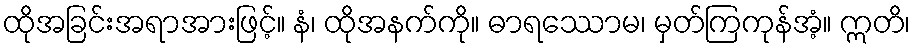
ထိုအခြင်းအရာအားဖြင့်။ နံ၊ ထိုအနက်ကို။ ဓာရဿောမ၊ မှတ်ကြကုန်အံ့။ ဣတိ၊